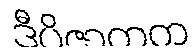
ဒီပိဇာတက